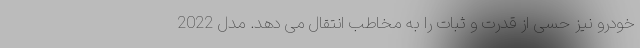
خودرو نیز حسی از قدرت و ثبات را به مخاطب انتقال می دهد. مدل 2022